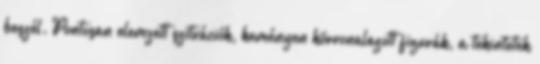
beszél. Pontosan elemzett szituációk, keményen körvonalazott figurák, a tekintetek